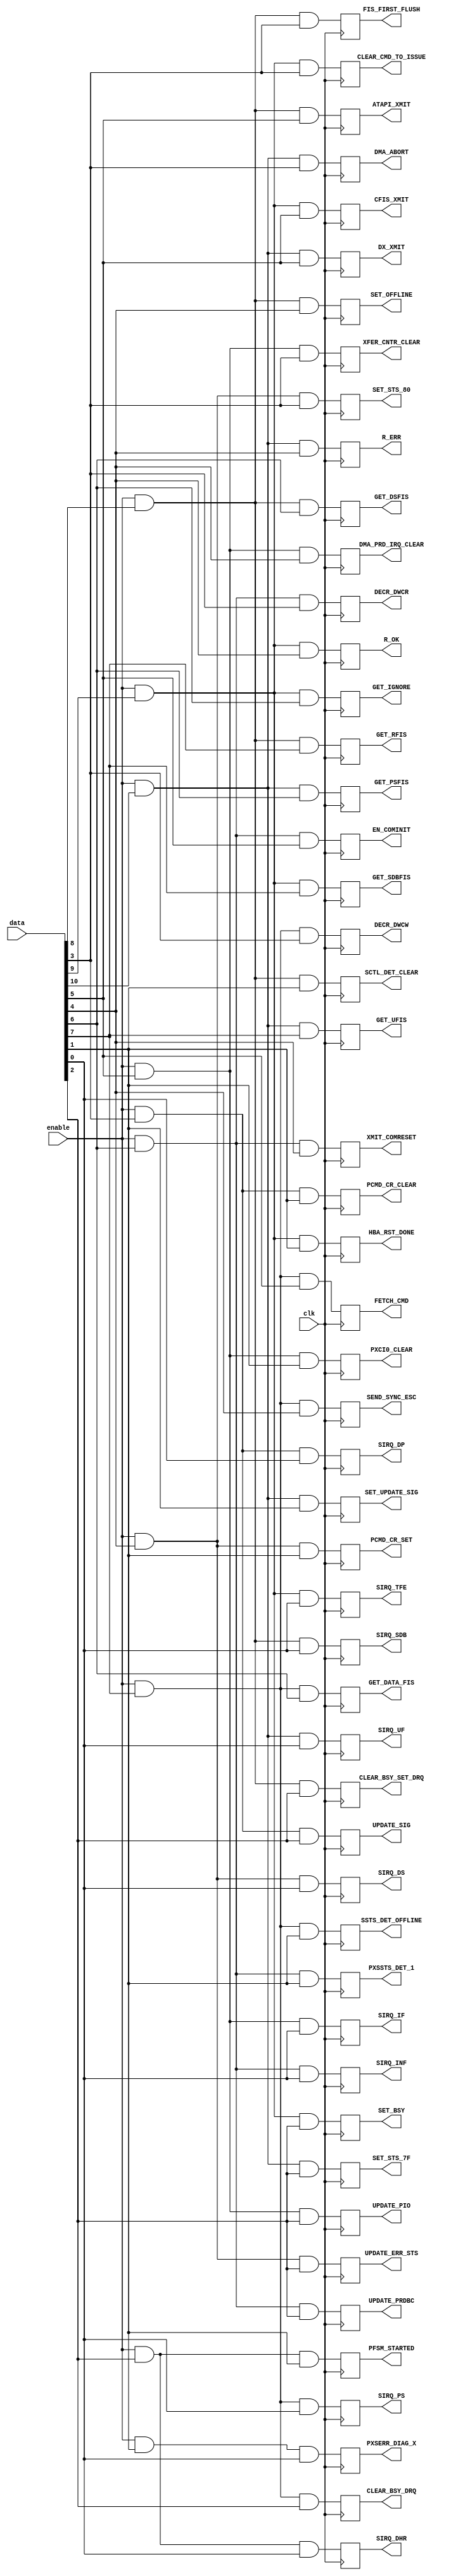
/*!
 * <b>Module:</b>action_decoder
 * @file   action_decoder.v 
 * @date   2016-12-08  
 * @author auto-generated file, see ahci_fsm_sequence.py
 * @brief  Decode sequencer code to 1-hot actions
 */

`timescale 1ns/1ps

module action_decoder (
    input        clk,
    input        enable,
    input [10:0] data,
    output reg   PXSERR_DIAG_X,
    output reg   SIRQ_DHR,
    output reg   SIRQ_DP,
    output reg   SIRQ_DS,
    output reg   SIRQ_IF,
    output reg   SIRQ_INF,
    output reg   SIRQ_PS,
    output reg   SIRQ_SDB,
    output reg   SIRQ_TFE,
    output reg   SIRQ_UF,
    output reg   PFSM_STARTED,
    output reg   PCMD_CR_CLEAR,
    output reg   PCMD_CR_SET,
    output reg   PXCI0_CLEAR,
    output reg   PXSSTS_DET_1,
    output reg   SSTS_DET_OFFLINE,
    output reg   SCTL_DET_CLEAR,
    output reg   HBA_RST_DONE,
    output reg   SET_UPDATE_SIG,
    output reg   UPDATE_SIG,
    output reg   UPDATE_ERR_STS,
    output reg   UPDATE_PIO,
    output reg   UPDATE_PRDBC,
    output reg   CLEAR_BSY_DRQ,
    output reg   CLEAR_BSY_SET_DRQ,
    output reg   SET_BSY,
    output reg   SET_STS_7F,
    output reg   SET_STS_80,
    output reg   XFER_CNTR_CLEAR,
    output reg   DECR_DWCR,
    output reg   DECR_DWCW,
    output reg   FIS_FIRST_FLUSH,
    output reg   CLEAR_CMD_TO_ISSUE,
    output reg   DMA_ABORT,
    output reg   DMA_PRD_IRQ_CLEAR,
    output reg   XMIT_COMRESET,
    output reg   SEND_SYNC_ESC,
    output reg   SET_OFFLINE,
    output reg   R_OK,
    output reg   R_ERR,
    output reg   EN_COMINIT,
    output reg   FETCH_CMD,
    output reg   ATAPI_XMIT,
    output reg   CFIS_XMIT,
    output reg   DX_XMIT,
    output reg   GET_DATA_FIS,
    output reg   GET_DSFIS,
    output reg   GET_IGNORE,
    output reg   GET_PSFIS,
    output reg   GET_RFIS,
    output reg   GET_SDBFIS,
    output reg   GET_UFIS);

    always @(posedge clk) begin
        PXSERR_DIAG_X <=      enable && data[ 1] && data[ 0];
        SIRQ_DHR <=           enable && data[ 2] && data[ 0];
        SIRQ_DP <=            enable && data[ 3] && data[ 0];
        SIRQ_DS <=            enable && data[ 4] && data[ 0];
        SIRQ_IF <=            enable && data[ 5] && data[ 0];
        SIRQ_INF <=           enable && data[ 6] && data[ 0];
        SIRQ_PS <=            enable && data[ 7] && data[ 0];
        SIRQ_SDB <=           enable && data[ 8] && data[ 0];
        SIRQ_TFE <=           enable && data[ 9] && data[ 0];
        SIRQ_UF <=            enable && data[10] && data[ 0];
        PFSM_STARTED <=       enable && data[ 2] && data[ 1];
        PCMD_CR_CLEAR <=      enable && data[ 3] && data[ 1];
        PCMD_CR_SET <=        enable && data[ 4] && data[ 1];
        PXCI0_CLEAR <=        enable && data[ 5] && data[ 1];
        PXSSTS_DET_1 <=       enable && data[ 6] && data[ 1];
        SSTS_DET_OFFLINE <=   enable && data[ 7] && data[ 1];
        SCTL_DET_CLEAR <=     enable && data[ 8] && data[ 1];
        HBA_RST_DONE <=       enable && data[ 9] && data[ 1];
        SET_UPDATE_SIG <=     enable && data[10] && data[ 1];
        UPDATE_SIG <=         enable && data[ 3] && data[ 2];
        UPDATE_ERR_STS <=     enable && data[ 4] && data[ 2];
        UPDATE_PIO <=         enable && data[ 5] && data[ 2];
        UPDATE_PRDBC <=       enable && data[ 6] && data[ 2];
        CLEAR_BSY_DRQ <=      enable && data[ 7] && data[ 2];
        CLEAR_BSY_SET_DRQ <=  enable && data[ 8] && data[ 2];
        SET_BSY <=            enable && data[ 9] && data[ 2];
        SET_STS_7F <=         enable && data[10] && data[ 2];
        SET_STS_80 <=         enable && data[ 4] && data[ 3];
        XFER_CNTR_CLEAR <=    enable && data[ 5] && data[ 3];
        DECR_DWCR <=          enable && data[ 6] && data[ 3];
        DECR_DWCW <=          enable && data[ 7] && data[ 3];
        FIS_FIRST_FLUSH <=    enable && data[ 8] && data[ 3];
        CLEAR_CMD_TO_ISSUE <= enable && data[ 9] && data[ 3];
        DMA_ABORT <=          enable && data[10] && data[ 3];
        DMA_PRD_IRQ_CLEAR <=  enable && data[ 5] && data[ 4];
        XMIT_COMRESET <=      enable && data[ 6] && data[ 4];
        SEND_SYNC_ESC <=      enable && data[ 7] && data[ 4];
        SET_OFFLINE <=        enable && data[ 8] && data[ 4];
        R_OK <=               enable && data[ 9] && data[ 4];
        R_ERR <=              enable && data[10] && data[ 4];
        EN_COMINIT <=         enable && data[ 6] && data[ 5];
        FETCH_CMD <=          enable && data[ 7] && data[ 5];
        ATAPI_XMIT <=         enable && data[ 8] && data[ 5];
        CFIS_XMIT <=          enable && data[ 9] && data[ 5];
        DX_XMIT <=            enable && data[10] && data[ 5];
        GET_DATA_FIS <=       enable && data[ 7] && data[ 6];
        GET_DSFIS <=          enable && data[ 8] && data[ 6];
        GET_IGNORE <=         enable && data[ 9] && data[ 6];
        GET_PSFIS <=          enable && data[10] && data[ 6];
        GET_RFIS <=           enable && data[ 8] && data[ 7];
        GET_SDBFIS <=         enable && data[ 9] && data[ 7];
        GET_UFIS <=           enable && data[10] && data[ 7];
    end
endmodule